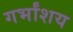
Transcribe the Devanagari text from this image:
गर्भांशय